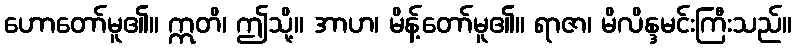
ဟောတော်မူ၏။ ဣတိ၊ ဤသို့။ အာဟ၊ မိန့်တော်မူ၏။ ရာဇာ၊ မိလိန္ဒမင်းကြီးသည်။